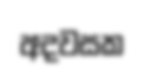
අදවසක